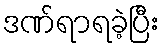
ဒဏ်ရာရခဲ့ပြီး